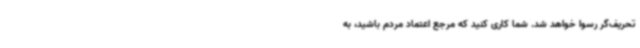
تحریف‌گر رسوا خواهد شد. شما کاری کنید که مرجع اعتماد مردم باشید، به